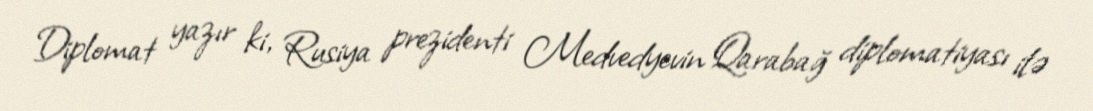
Diplomat yazır ki, Rusiya prezidenti Medvedyevin Qarabağ diplomatiyası ilə